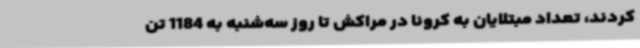
کردند، تعداد مبتلایان به کرونا در مراکش تا روز سه‌شنبه به 1184 تن